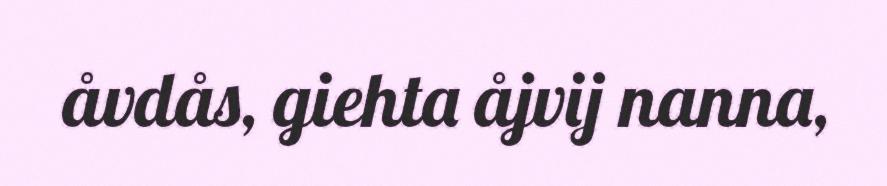
åvdås, giehta åjvij nanna,